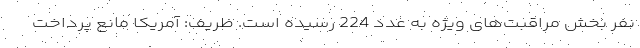
نفر بخش مراقبت‌های ویژه به عدد 224 رسیده است. ظریف: آمریکا مانع پرداخت